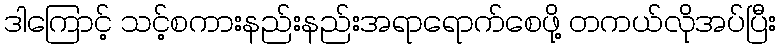
ဒါကြောင့် သင့်စကားနည်းနည်းအရာရောက်စေဖို့ တကယ်လိုအပ်ပြီး